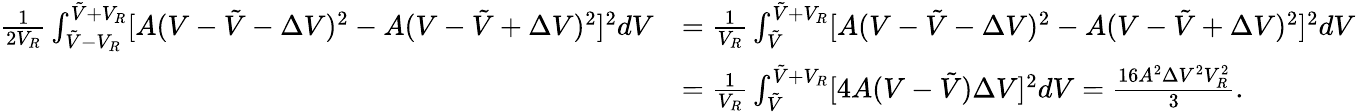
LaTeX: \begin{array}{rl}{\frac 1{2V_{R}}\int_{\tilde{V}-V_{R}}^{\tilde{V}+V_{R}}[A(V-\tilde{V}-\Delta V)^{2}-A(V-\tilde{V}+\Delta V)^{2}]^{2}dV}&{=\frac 1{V_{R}}\int_{\tilde{V}}^{\tilde{V}+V_{R}}[A(V-\tilde{V}-\Delta V)^{2}-A(V-\tilde{V}+\Delta V)^{2}]^{2}dV}\\ &{=\frac 1{V_{R}}\int_{\tilde{V}}^{\tilde{V}+V_{R}}[4A(V-\tilde{V})\Delta V]^{2}dV=\frac{16A^{2}\Delta V^{2}V_{R}^{2}}{3}.}\end{array}